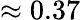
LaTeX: \approx 0.37